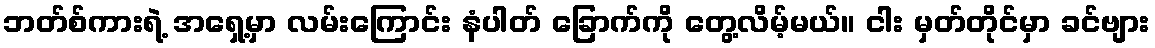
ဘတ်စ်ကားရဲ့ အရှေ့မှာ လမ်းကြောင်း နံပါတ် ခြောက်ကို တွေ့လိမ့်မယ်။ ငါး မှတ်တိုင်မှာ ခင်ဗျား